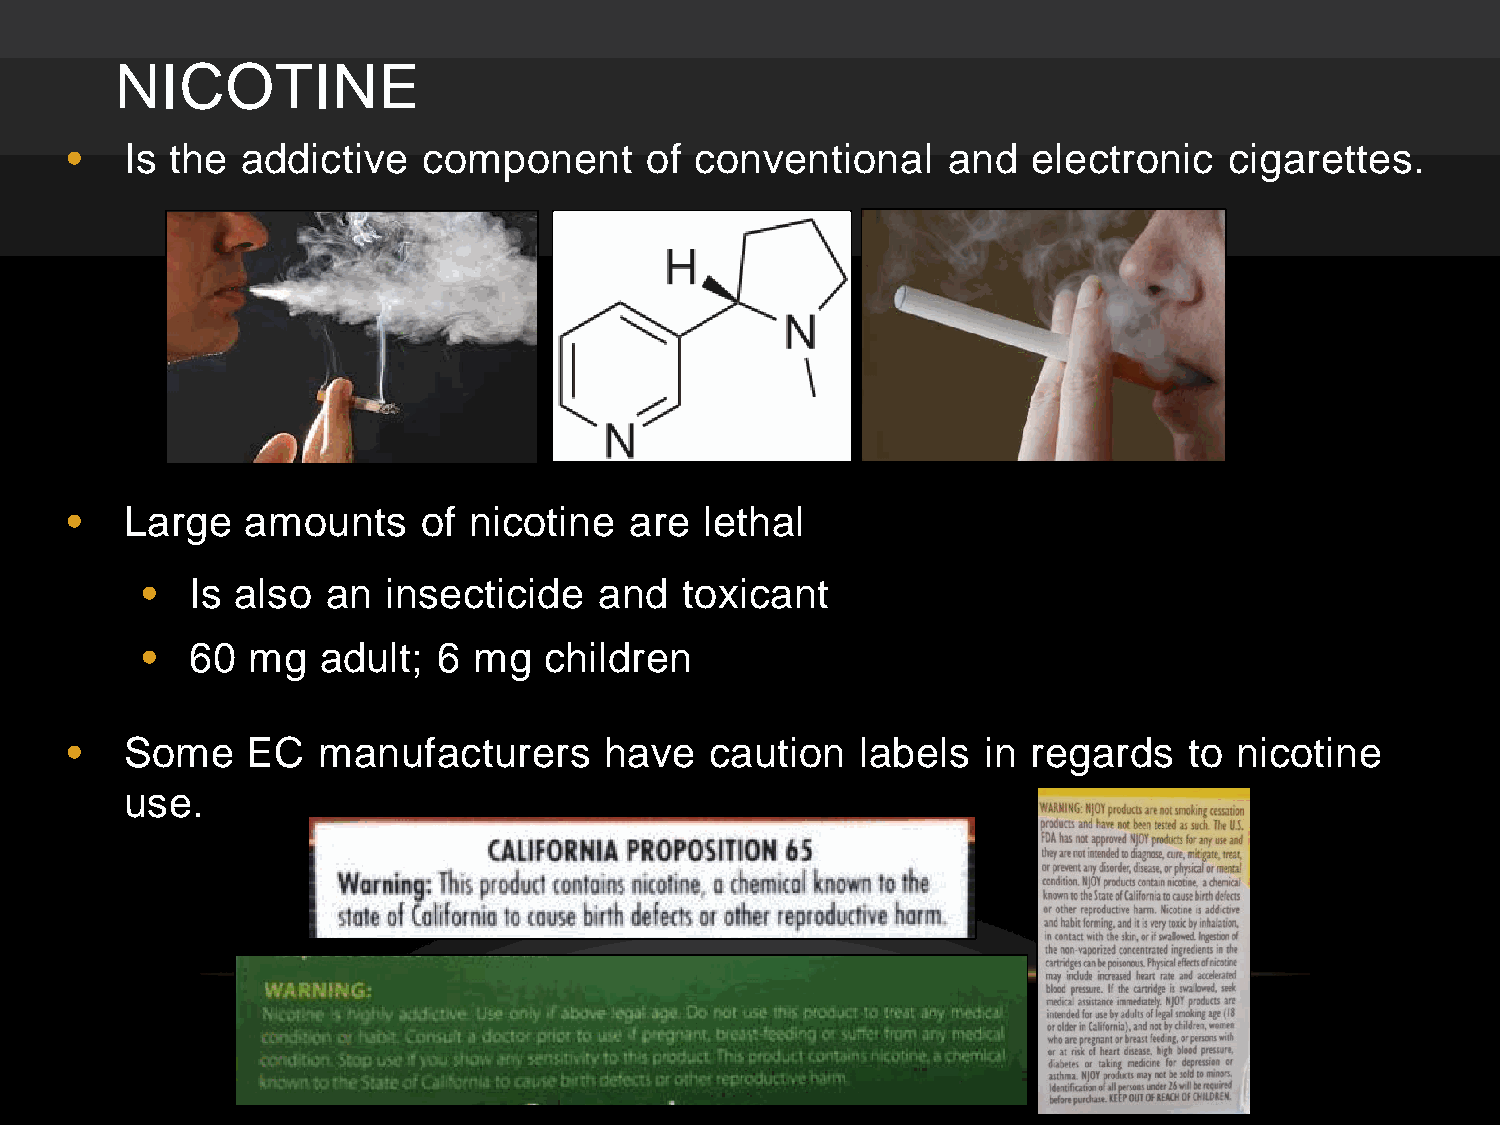
NICOTINE
 •   Is the  addictive   component      of conventional     and  electronic   cigarettes.
 •   Large   amounts     of nicotine   are  lethal
 •   Is also  an insecticide    and  toxicant
 •   60 mg   adult;  6 mg   children
 •   Some    EC   manufacturers      have   caution   labels  in regards    to nicotine
 use.